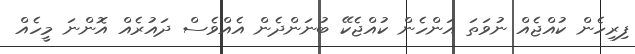
ފިރިހެން ކުއްޖެއް ނުވަތަ އަންހެން ކުއްޖެކޭ ބުނަންދެން އެއްވެސް ދައުރެއް އޮންނަ މީހެއް